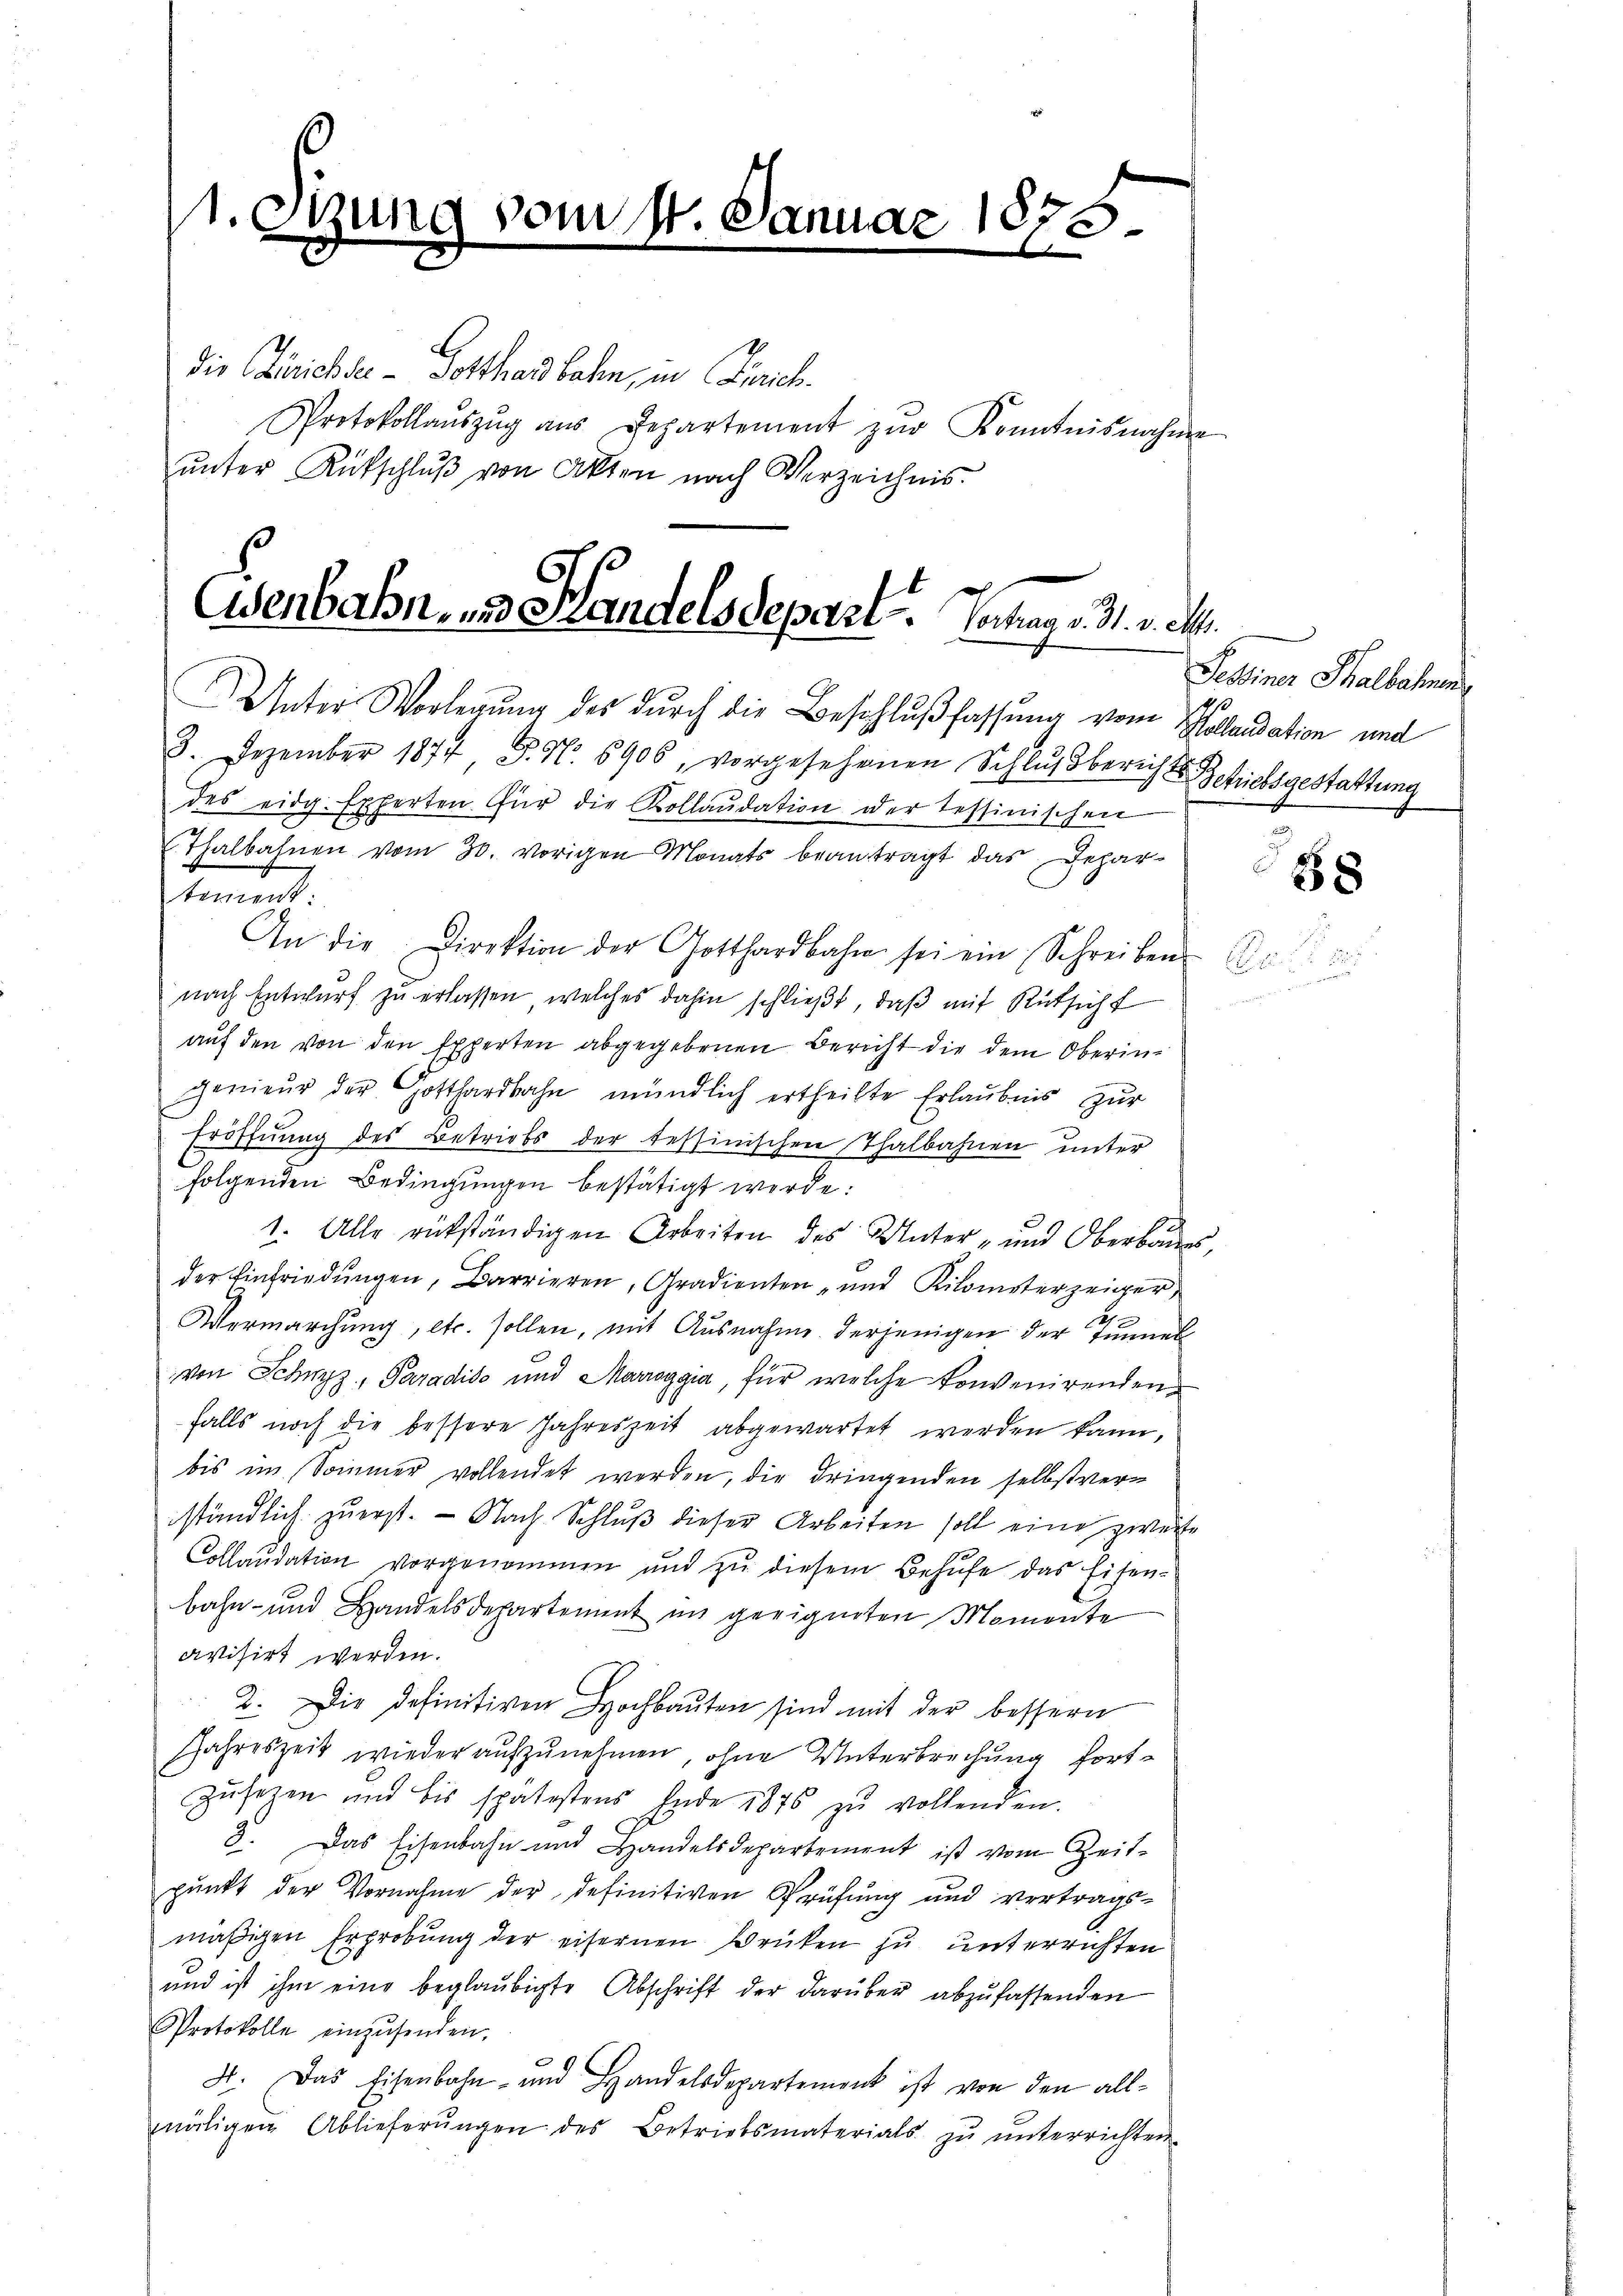
11. Sitzung vom 14. Januar 1870
die Zürichse - Gotthardbahn, in Zürich.
Protokollaŭszŭg aŭs Departement zŭr Kenntnisnahme
ŭnter Rütschlŭβ von Akten nach Verzeichnis.

Eisenbahn, u. Handelsdepart. Integ. Mai
Unter Vorlegung des durch die Beschlußfassung vom Kollaudation und

3. Dezember 1874 S. Nr. 6906, vorgesehenen Schlŭssbericht Schriebsgestattung
des eidg. Experten für die Kollaudation der Tessinischen
Thalbahnen vom 30. vorigen Monats beantragt das Depar-
tement:
An die Direktion der Gotthardbahn sei ein Schreiben
nach Entwurf zu erlassen, welches dahin schließt, daß mit Rüksicht
auf den von den Experten abgegebenen Bericht die dem Oberingenieŭr der Gotthardbahn mündlich ertheilte Erlaubnis zur
Eröffnŭng des Betriebs der tessinischen Thalbahnen unter
folgenden Bedingungen bestätigt werde:
1. Alle rükständigen Arbeiten des Unter- und Oberbaues,
der Einfriedŭngen, Barrieren, Gradienten- und Kilometerzeiger,
Vermarchung, etc. sollen, mit Ausnahme derjenigen der Tunnel
von Schwyz, Paradiso und Mariaggia, für welche konvenirenden
falls noch die bessere Jahreszeit abgewartet werden kann,
bis im Sommer vollendet werden, die dringenden selbstverständlich zuerst. — Nach Schluß dieser Arbeiten soll eine zweite
Collaudation vorgenommen und zu diesem Behufe das Eisenbahn- und Handelsdepartement im geeigneten Momente
vvisirt werden.
2. Die definitiven Hochbauten sind mit der bessern
Jahreszeit wieder aufzunehmen, ohne Unterbrechung fort¬
Zusezen und bis spätestens Ende 1876 zu vollenden
8. Das Eisenbahn und Handelsdepartement ist vom Zeit-
pŭnkt der Vornahme der definitiven Prüfung und vertrags-
mäßigen Erprobung der eisernen Brüken zu unterrichten
und ist ihm eine beglaubigte Abschrift der darüber abzufassenden
Protokolle einzŭsenden.
4. Das Eisenbahn- und Handelsdepartement ist von den allnähigen Ablieferŭngen des Betriebsmaterials zŭ ŭnterrichten.

Pessiner Halbahne

.

28